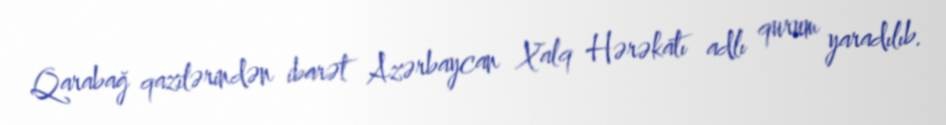
Qarabağ qazilərindən ibarət Azərbaycan Xalq Hərəkatı adlı qurum yaradılıb.